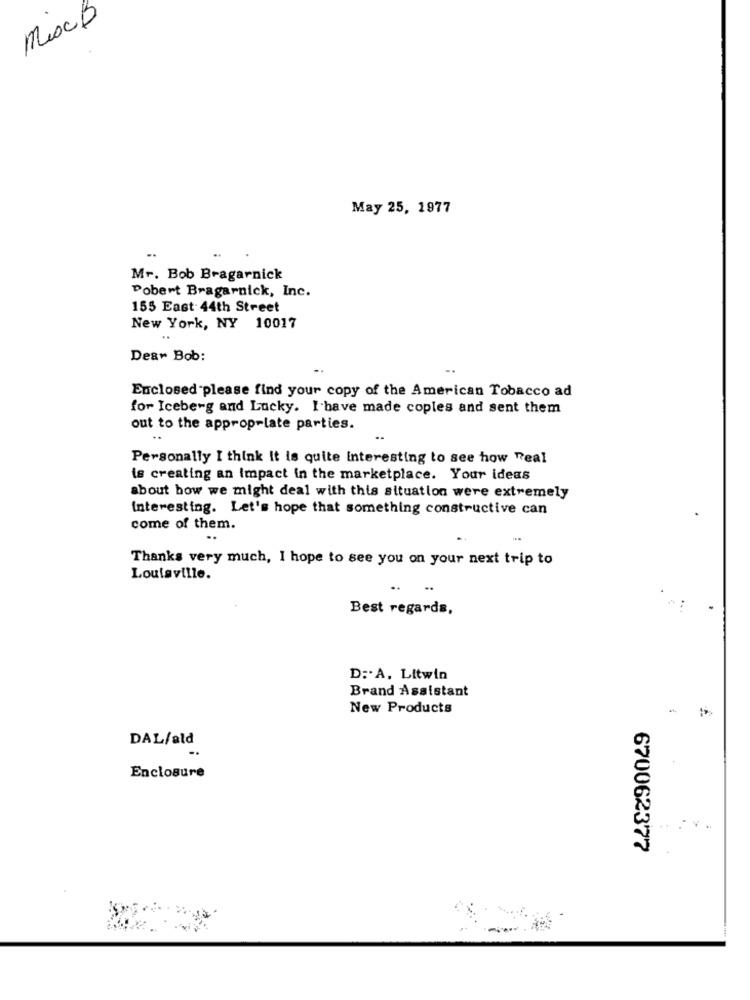
MocB
May 25, 1977
..
Mr. Bob Bragarnick
Pobert Bragarnick, Inc.
155 East- 44th Street
New York, NY 10017
Dear Bob:
Enclosed please find your copy of the American Tobacco ad
for Iceberg and Lucky. I have made coples and sent them
out to the appropriate parties.
Personally I think it is quite interesting to see how Real
is creating an Impact in the marketplace. Your ideas
about how we might deal with this situation were extremely
Interesting. Let's hope that something constructive can
come of them.
Thanks very much, I hope to see you on your next trip to
Louisville.
Best regards,
D :. A. Litwin
Brand Assistant
New Products
DAL/ald
Enclosure
670062377